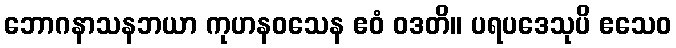
ဘောဂနာသနဘယာ ကုဟနဝသေန ဧဝံ ဝဒတိ။ ပရပဒေသုပိ ဧသေဝ